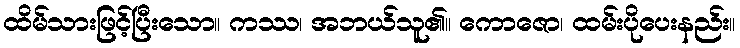
ထိမ်သားဖြင့်ပြီးသော။ ကဿ၊ အဘယ်သူ၏။ ကောဇော၊ ထမ်းပိုပေးနည်း။